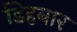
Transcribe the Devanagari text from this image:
डिहबार